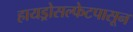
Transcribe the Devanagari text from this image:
हायड्रोसल्फेटपासून